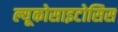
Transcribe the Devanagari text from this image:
ल्यूकोसाइटोसिस